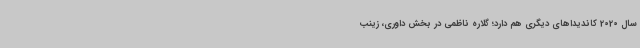
سال 2020 کاندیداهای دیگری هم دارد؛ گلاره ناظمی در بخش داوری، زینب